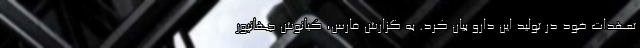
تعهدات خود در تولید این دارو بیان کرد. به گزارش فارس، کیانوش جهانپور